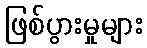
ဖြစ်ပွားမှုများ